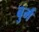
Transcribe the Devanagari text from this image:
बुर्म